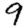
Digit: 9